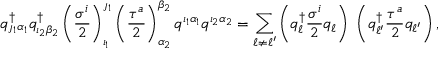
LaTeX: q _ { \jmath _ { 1 } \alpha _ { 1 } } ^ { \dagger } q _ { \imath _ { 2 } \beta _ { 2 } } ^ { \dagger } \left( { \frac { \sigma ^ { i } } { 2 } } \right) _ { \imath _ { 1 } } ^ { \jmath _ { 1 } } \left( { \frac { \tau ^ { a } } { 2 } } \right) _ { \alpha _ { 2 } } ^ { \beta _ { 2 } } q ^ { \imath _ { 1 } \alpha _ { 1 } } q ^ { \imath _ { 2 } \alpha _ { 2 } } = \sum _ { \ell \neq \ell ^ { \prime } } \left( q _ { \ell } ^ { \dagger } { \frac { \sigma ^ { i } } { 2 } } q _ { \ell } \right) \ \left( q _ { \ell ^ { \prime } } ^ { \dagger } { \frac { \tau ^ { a } } { 2 } } q _ { \ell ^ { \prime } } \right) ,